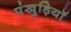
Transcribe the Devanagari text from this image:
पंखुड़ियॉ